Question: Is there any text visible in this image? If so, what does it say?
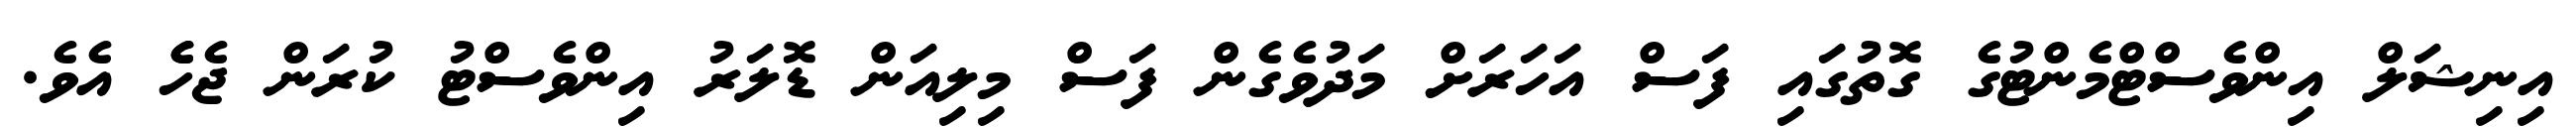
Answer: އިނިޝަލް އިންވެސްޓްމެންޓުގެ ގޮތުގައި ފަސް އަހަރަށް މަދުވެގެން ފަސް މިލިއަން ޑޮލަރު އިންވެސްޓު ކުރަން ޖެހެެ އެވެ.